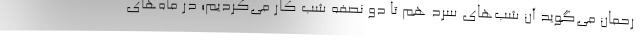
رحمان می‌گوید آن شب‌های سرد هم تا دو نصفه شب کار می‌کردیم؛ در ماه‌های